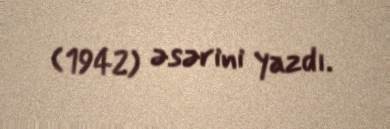
(1942) əsərini yazdı.